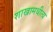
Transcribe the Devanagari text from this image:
शाखामधीत्य